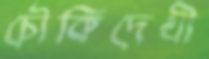
চৌকিদেখী